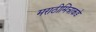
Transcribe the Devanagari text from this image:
मराठीमित्राकडे